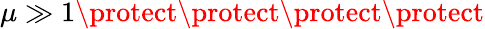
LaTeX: \mu\gg 1\protect\protect\protect\protect